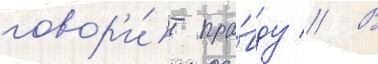
говор'и́т пра́вду // В